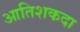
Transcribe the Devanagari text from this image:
आतिशकदा